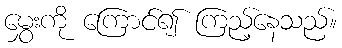
မွှေးကို ကြောင်၍ ကြည့်နေသည်။